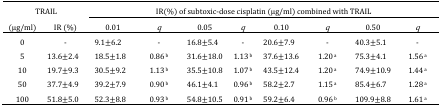
<table><thead><tr><td colspan="2"><b>TRAIL</b></td><td colspan="8"><b>IR(%) of subtoxic-dose cisplatin (μg/ml) combined with TRAIL</b></td></tr><tr><td><b>(μg/ml)</b></td><td><b>IR (%)</b></td><td><b>0.01</b></td><td><b><i>q</i></b></td><td><b>0.05</b></td><td><b><i>q</i></b></td><td><b>0.10</b></td><td><b><i>q</i></b></td><td><b>0.50</b></td><td><b><i>q</i></b></td></tr></thead><tbody><tr><td>0</td><td>-</td><td>9.1±6.2</td><td>-</td><td>16.8±5.4</td><td>-</td><td>20.6±7.9</td><td>-</td><td>40.3±5.1</td><td>-</td></tr><tr><td>5</td><td>13.6±2.4</td><td>18.5±1.8</td><td>0.86<sup> b</sup></td><td>31.6±18.0</td><td>1.13<sup> b</sup></td><td>37.6±13.6</td><td>1.20<sup> a</sup></td><td>75.3±4.1</td><td>1.56<sup> a</sup></td></tr><tr><td>10</td><td>19.7±9.3</td><td>30.5±9.2</td><td>1.13<sup> b</sup></td><td>35.5±10.8</td><td>1.07<sup> b</sup></td><td>43.5±12.4</td><td>1.20<sup> a</sup></td><td>74.9±10.9</td><td>1.44<sup> a</sup></td></tr><tr><td>50</td><td>37.7±4.9</td><td>39.2±7.9</td><td>0.90<sup> b</sup></td><td>46.1±4.1</td><td>0.96<sup> b</sup></td><td>58.2±2.7</td><td>1.15<sup> a</sup></td><td>85.4±6.7</td><td>1.28<sup> a</sup></td></tr><tr><td>100</td><td>51.8±5.0</td><td>52.3±8.8</td><td>0.93<sup> b</sup></td><td>54.8±10.5</td><td>0.91<sup> b</sup></td><td>59.2±6.4</td><td>0.96<sup> b</sup></td><td>109.9±8.8</td><td>1.61<sup> a</sup></td></tr></tbody></table>